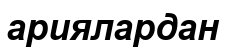
ариялардан